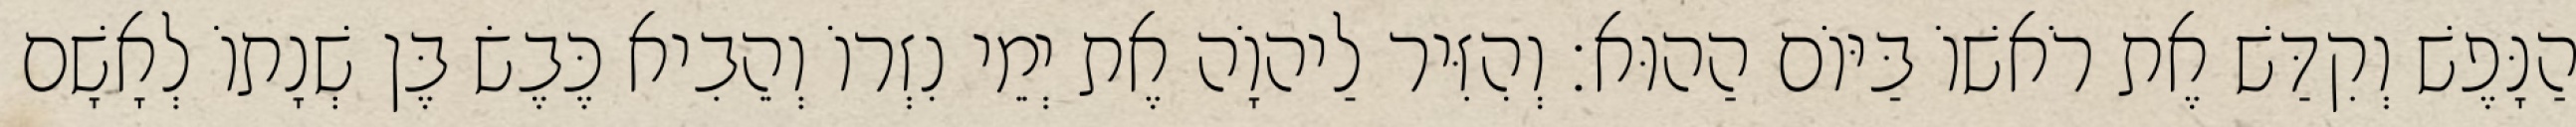
הַנָּפֶשׁ וְקִדַּשׁ אֶת רֹאשׁוֹ בַּיּוֹם הַהוּא׃ וְהִזִּיר לַיהוָֹה אֶת יְמֵי נִזְרוֹ וְהֵבִיא כֶּבֶשׂ בֶּן שְׁנָתוֹ לְאָשָׁם